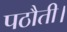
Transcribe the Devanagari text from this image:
पठौती।